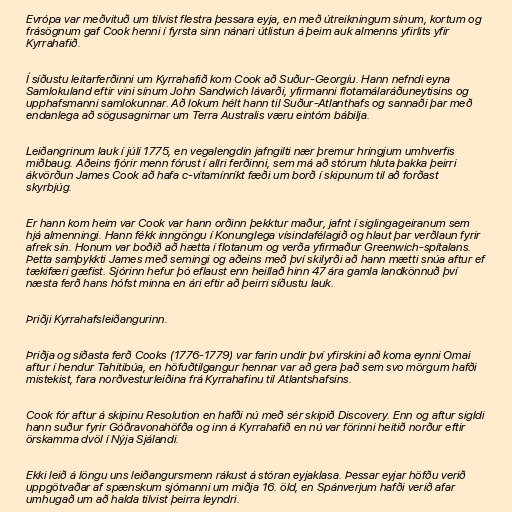
Evrópa var meðvituð um tilvist flestra þessara eyja, en með útreikningum sínum, kortum og
frásögnum gaf Cook henni í fyrsta sinn nánari útlistun á þeim auk almenns yfirlits yfir
Kyrrahafið.

Í síðustu leitarferðinni um Kyrrahafið kom Cook að Suður-Georgíu. Hann nefndi eyna
Samlokuland eftir vini sínum John Sandwich lávarði, yfirmanni flotamálaráðuneytisins og
upphafsmanni samlokunnar. Að lokum hélt hann til Suður-Atlanthafs og sannaði þar með
endanlega að sögusagnirnar um Terra Australis væru eintóm bábilja.

Leiðangrinum lauk í júlí 1775, en vegalengdin jafngilti nær þremur hringjum umhverfis
miðbaug. Aðeins fjórir menn fórust í allri ferðinni, sem má að stórum hluta þakka þeirri
ákvörðun James Cook að hafa c-vítamínríkt fæði um borð í skipunum til að forðast
skyrbjúg.

Er hann kom heim var Cook var hann orðinn þekktur maður, jafnt í siglingageiranum sem
hjá almenningi. Hann fékk inngöngu í Konunglega vísindafélagið og hlaut þar verðlaun fyrir
afrek sín. Honum var boðið að hætta í flotanum og verða yfirmaður Greenwich-spítalans.
Þetta samþykkti James með semingi og aðeins með því skilyrði að hann mætti snúa aftur ef
tækifæri gæfist. Sjórinn hefur þó eflaust enn heillað hinn 47 ára gamla landkönnuð því
næsta ferð hans hófst minna en ári eftir að þeirri síðustu lauk.

Þriðji Kyrrahafsleiðangurinn.

Þriðja og síðasta ferð Cooks (1776-1779) var farin undir því yfirskini að koma eynni Omai
aftur í hendur Tahitibúa, en höfuðtilgangur hennar var að gera það sem svo mörgum hafði
mistekist, fara norðvesturleiðina frá Kyrrahafinu til Atlantshafsins.

Cook fór aftur á skipinu Resolution en hafði nú með sér skipið Discovery. Enn og aftur sigldi
hann suður fyrir Góðravonahöfða og inn á Kyrrahafið en nú var förinni heitið norður eftir
örskamma dvöl í Nýja Sjálandi.

Ekki leið á löngu uns leiðangursmenn rákust á stóran eyjaklasa. Þessar eyjar höfðu verið
uppgötvaðar af spænskum sjómanni um miðja 16. öld, en Spánverjum hafði verið afar
umhugað um að halda tilvist þeirra leyndri.